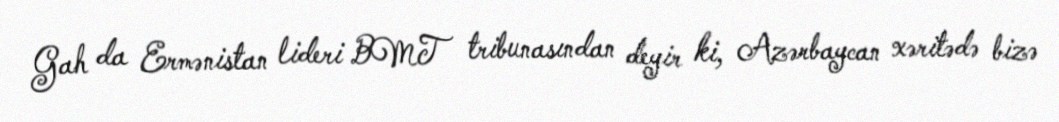
Gah da Ermənistan lideri BMT tribunasından deyir ki, Azərbaycan xəritədə bizə